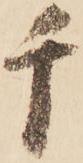
千